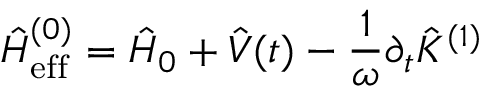
\hat { H } _ { \mathrm { e f f } } ^ { ( 0 ) } = \hat { H } _ { 0 } + \hat { V } ( t ) - \frac { 1 } { \omega } \partial _ { t } \hat { K } ^ { ( 1 ) }